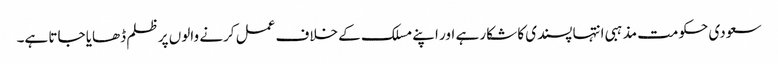
سعودی حکومت مذہبی انتہا پسندی کا شکار ہے اور اپنے مسلک کے خلاف عمل کرنے والوں پر ظلم ڈھایا جاتا ہے۔